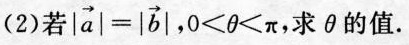
(2)若$$| \overrightarrow { a } | = | \overrightarrow { b } |$$ ，$$0 < θ < π$$，求θ的值.